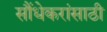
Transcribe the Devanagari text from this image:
सौंधेकरांसाठी